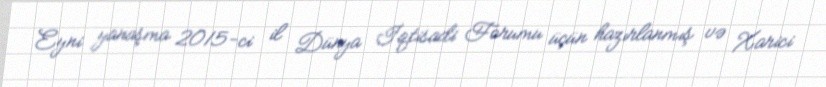
Eyni yanaşma 2015-ci il Dünya İqtisadi Forumu üçün hazırlanmış və Xarici